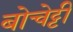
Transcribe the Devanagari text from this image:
बोचेट्टी